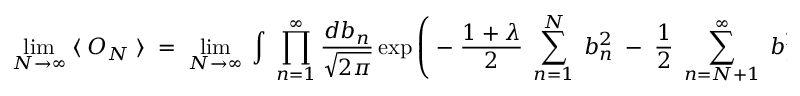
\operatorname * { l i m } _ { N \rightarrow \infty } \; \langle \; O _ { N } \; \rangle \; = \; \operatorname * { l i m } _ { N \rightarrow \infty } \; \int \; \prod _ { n = 1 } ^ { \infty } \frac { d b _ { n } } { \sqrt { 2 \pi } } \exp \left( \; - \; \frac { 1 + \lambda } { 2 } \; \sum _ { n = 1 } ^ { N } \; b _ { n } ^ { 2 } \; - \; \frac { 1 } { 2 } \; \sum _ { n = N + 1 } ^ { \infty } \; b _ { n } ^ { 2 } \right)